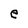
Character: e